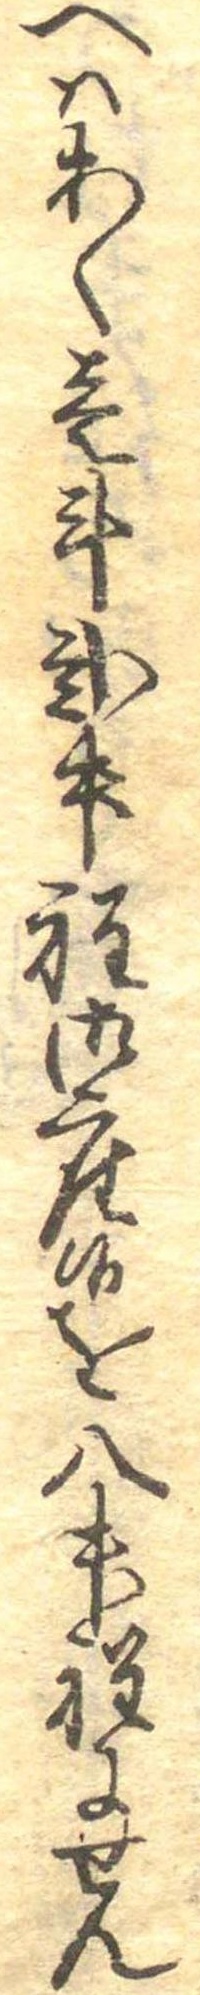
へはあく壱斗弐升程御座候を八升程にせん